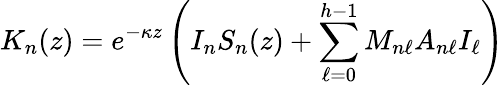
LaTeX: K_{n}(z)=e^{-\kappa z}\left(I_{n}S_{n}(z)+\sum_{\ell=0}^{h-1}M_{n\ell}A_{n\ell}I_{\ell}\right)